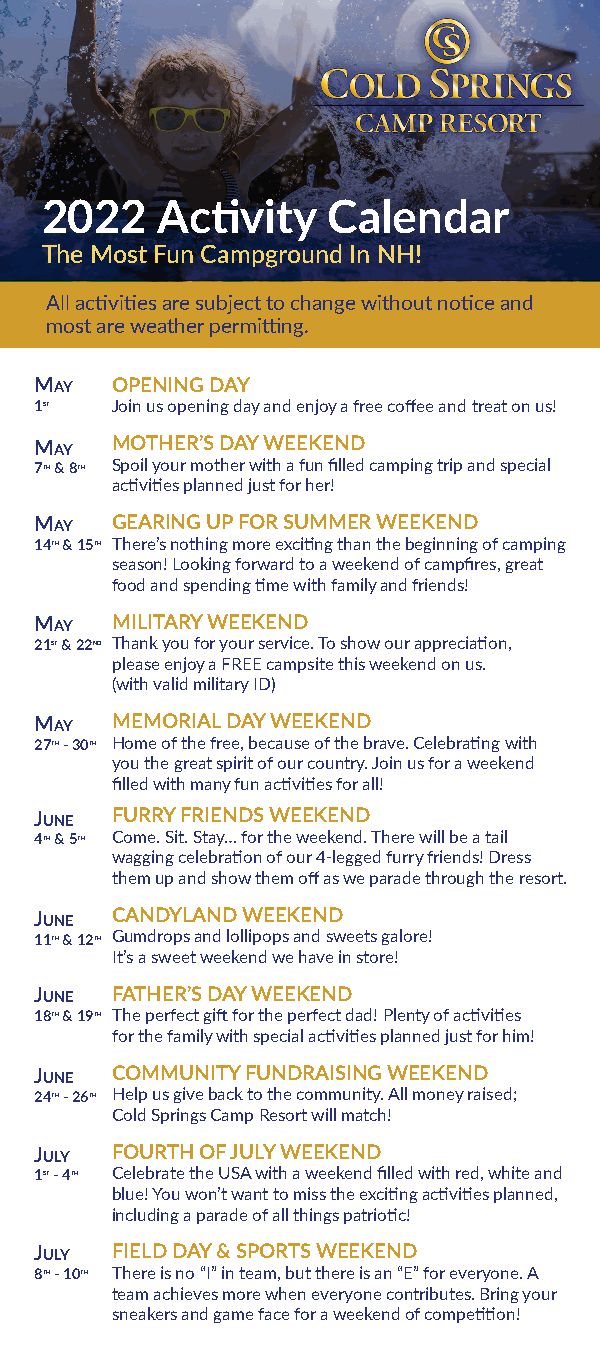
2022   Activity    Calendar
 The Most Fun Campground In NH!
 All activities are subject to change without notice and
 most are weather permitting.
 May  OPENING DAY
 1st  Join us opening day and enjoy a free coffee and treat on us!
 May  MOTHER’S DAY WEEKEND
 7th & 8th Spoil your mother with a fun filled camping trip and special
 activities planned just for her!
 May  GEARING UP FOR SUMMER WEEKEND
 14th & 15th There’s nothing more exciting than the beginning of camping
 season! Looking forward to a weekend of campfires, great
 food and spending time with family and friends!
 May  MILITARY WEEKEND
 21st & 22nd Thank you for your service. To show our appreciation,
 please enjoy a FREE campsite this weekend on us.
 (with valid military ID)
 May  MEMORIAL DAY WEEKEND
 27th - 30th Home of the free, because of the brave. Celebrating with
 you the great spirit of our country. Join us for a weekend
 filled with many fun activities for all!
 June FURRY FRIENDS WEEKEND
 4th & 5th Come. Sit. Stay… for the weekend. There will be a tail
 wagging celebration of our 4-legged furry friends! Dress
 them up and show them off as we parade through the resort.
 June CANDYLAND WEEKEND
 11th & 12th Gumdrops and lollipops and sweets galore!
 It’s a sweet weekend we have in store!
 June FATHER’S DAY WEEKEND
 18th & 19th The perfect gift for the perfect dad! Plenty of activities
 for the family with special activities planned just for him!
 June COMMUNITY FUNDRAISING WEEKEND
 24th - 26th Help us give back to the community. All money raised;
 Cold Springs Camp Resort will match!
 July FOURTH OF JULY WEEKEND
 1st - 4th Celebrate the USA with a weekend filled with red, white and
 blue! You won’t want to miss the exciting activities planned,
 including a parade of all things patriotic!
 July FIELD DAY & SPORTS WEEKEND
 8th - 10th There is no “I” in team, but there is an “E” for everyone. A
 team achieves more when everyone contributes. Bring your
 sneakers and game face for a weekend of competition!